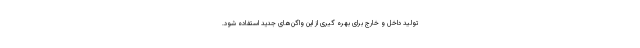
تولید داخل و خارج برای بهره گیری از این واگن‌های جدید استفاده شود.